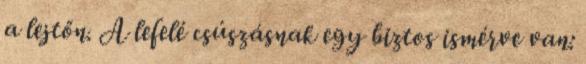
a lejtőn. A lefelé csúszásnak egy biztos ismérve van: